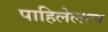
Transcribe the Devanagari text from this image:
पाहिलेलाच